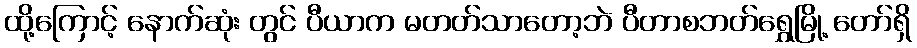
ထို့ကြောင့် နောက်ဆုံး တွင် ပီယာက မတတ်သာတော့ဘဲ ပီတာစဘတ်ရွှေမြို့ တော်ရှိ